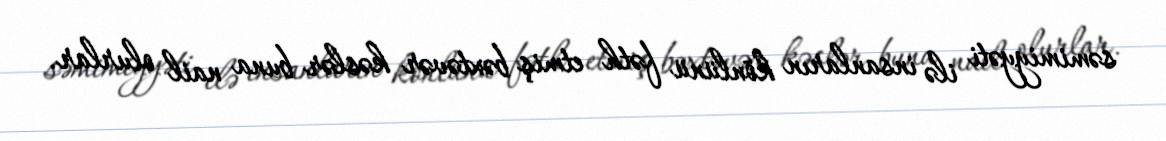
səmimiyyəti ilə insanların könlünü fəth etmiş bəxtəvər kəslər buna nail olurlar.